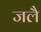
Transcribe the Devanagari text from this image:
जलै